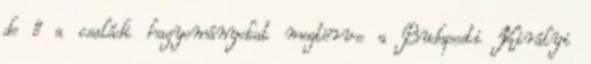
de ő a családi hagyományokat megtörve a Budapesti Királyi